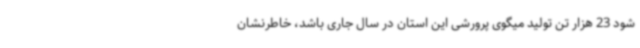
شود 23 هزار تن تولید میگوی پرورشی این استان در سال جاری باشد، خاطرنشان